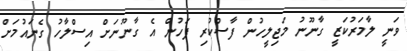
ވަނީ ލާމަރުކަޒީ ގާނޫނު މަޖިލީހުން ފާސްކުރި ފަހުން އެ ގާނޫނަށް އިސްލާހު ގެނައުމަށް